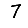
Digit: 7